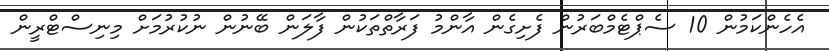
އެހެންކަމުން 10 ސެޕްޓެމްބަރުން ފެށިގެން އާންމު ފަރާތްތަކުން ފާލަން ބޭނުން ނުކުރުމަށް މިނިސްޓްރީން